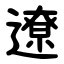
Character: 遼